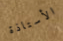
الأستاذة